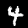
Label: 4